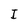
Character: I